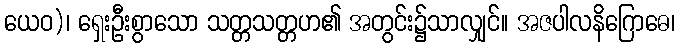
ယေဝ)၊ ရှေးဦးစွာသော သတ္တသတ္တဟ၏ အတွင်း၌သာလျှင်။ အဇပါလနိဂြောဓေ၊